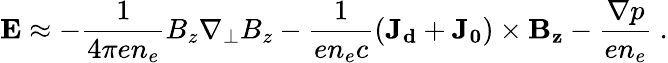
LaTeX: \mathbf{E}\approx-\frac{1}{4\pi en_{e}}B_{z}\mathbf{\nabla_{\bot}}B_{z}-\frac{1}{en_{e}c}(\mathbf{J_{d}}+\mathbf{J_{0}})\times\mathbf{B_{z}}-\frac{\nabla p}{en_{e}}\ .